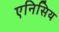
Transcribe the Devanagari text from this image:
एनिसिय